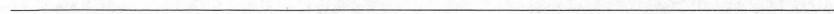
___